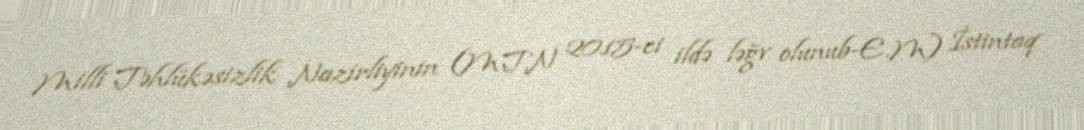
Milli Təhlükəsizlik Nazirliyinin (MTN 2015-ci ildə ləğv olunub-E.M) İstintaq